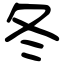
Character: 冬